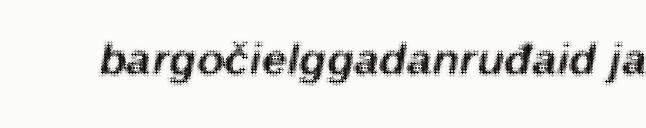
bargočielggadanruđaid ja